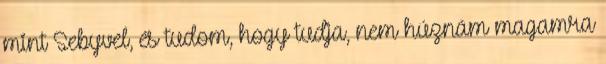
mint Sebyvel, és tudom, hogy tudja, nem húznám magamra